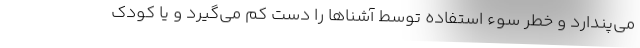
می‌پندارد و خطر سوء استفاده توسط آشناها را دست کم می‌گیرد و یا کودک